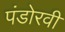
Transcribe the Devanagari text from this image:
पंडोरवी